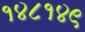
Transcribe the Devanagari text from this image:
१४८१४९